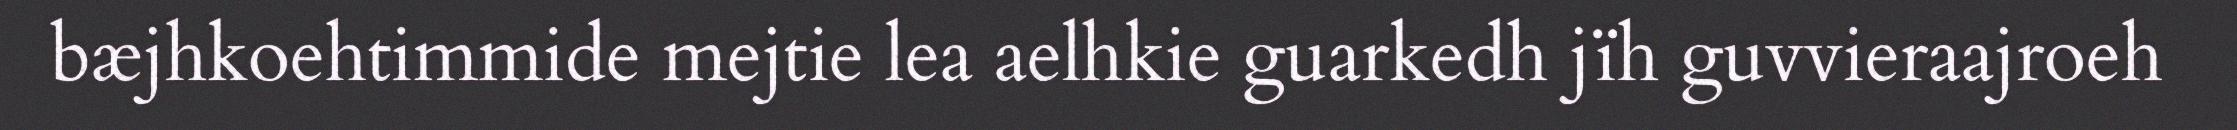
bæjhkoehtimmide mejtie lea aelhkie guarkedh jïh guvvieraajroeh